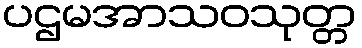
ပဌမအာသဝသုတ္တ